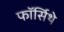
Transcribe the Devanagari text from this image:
फॉर्सिथे